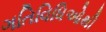
ગતિવિધિઓથી